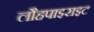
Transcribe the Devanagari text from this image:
लौहपाइराइट